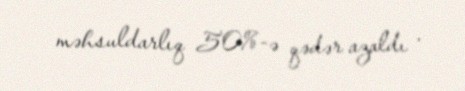
məhsuldarlıq 50%-ə qədər azaldı .